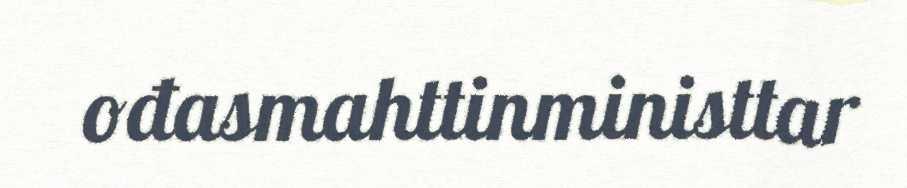
ođasmahttinministtar